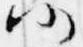
仍